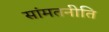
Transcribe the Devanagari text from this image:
सांमतनीति